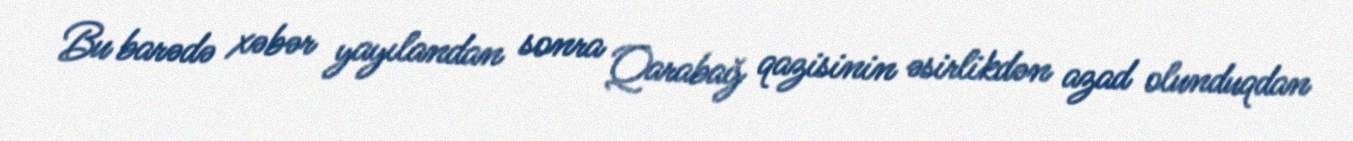
Bu barədə xəbər yayılandan sonra Qarabağ qazisinin əsirlikdən azad olunduqdan